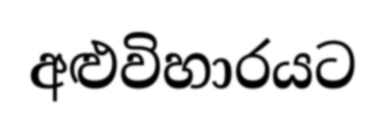
අළුවිහාරයට